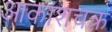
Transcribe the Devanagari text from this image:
आकाशचक्र